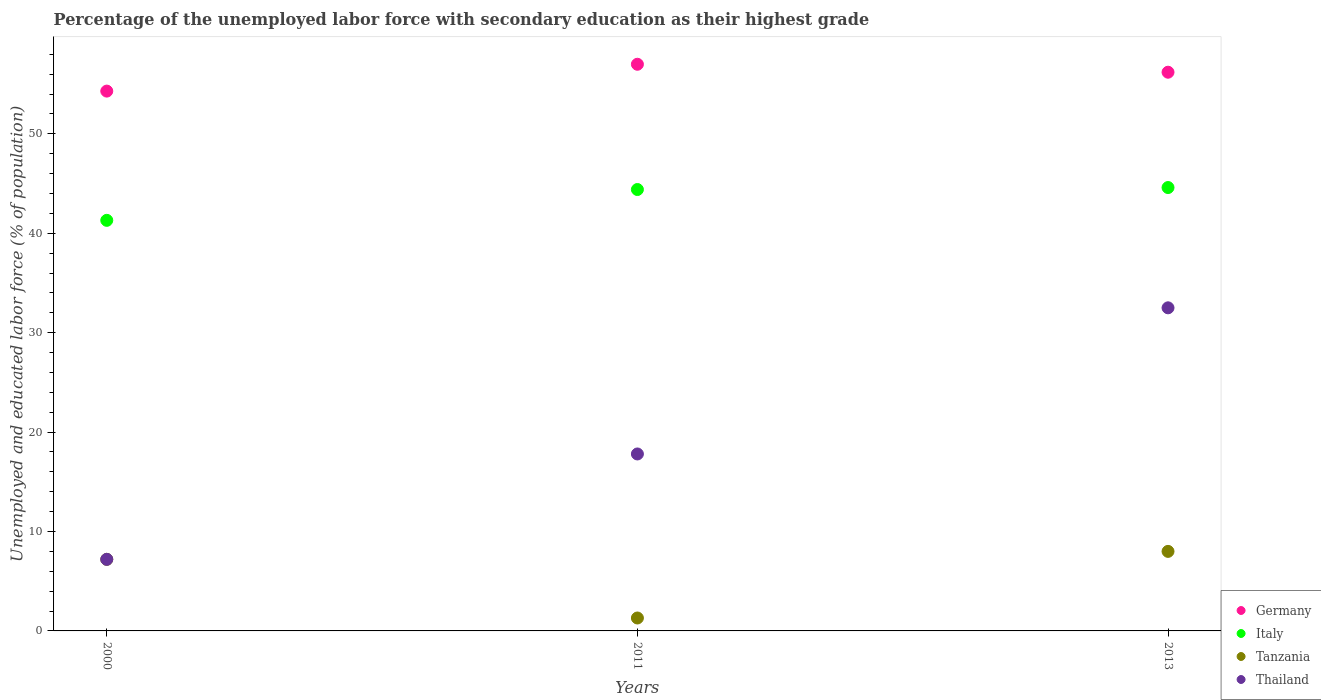
| Years | Germany | Italy | Tanzania | Thailand |
 | --- | --- | --- | --- | --- |
 | 2000 | 54.3 | 41.3 | 7.2 | 7.2 |
 | 2011 | 57 | 44.4 | 1.3 | 17.8 |
 | 2013 | 56.2 | 44.6 | 8 | 32.5 |